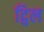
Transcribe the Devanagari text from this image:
ट्विल